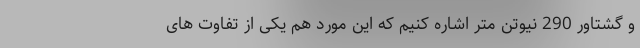
و گشتاور 290 نیوتن متر اشاره کنیم که این مورد هم یکی از تفاوت های